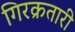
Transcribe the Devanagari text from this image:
गिरक्रतारी